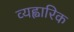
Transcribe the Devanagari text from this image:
व्यह्वारिक